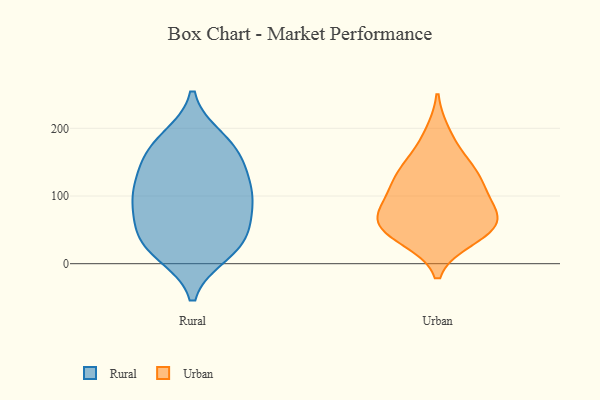
{"axis": {"x": "Customer Acquisition Cost (USD)", "y": "Value"}, "legend": ["Rural", "Urban"], "data": [{"x": "", "y": 174, "type": "Rural"}, {"x": "", "y": 129, "type": "Rural"}, {"x": "", "y": 38, "type": "Rural"}, {"x": "", "y": 82, "type": "Rural"}, {"x": "", "y": 22, "type": "Rural"}, {"x": "", "y": 155, "type": "Rural"}, {"x": "", "y": 106, "type": "Rural"}, {"x": "", "y": 16, "type": "Rural"}, {"x": "", "y": 80, "type": "Rural"}, {"x": "", "y": 100, "type": "Rural"}, {"x": "", "y": 112, "type": "Rural"}, {"x": "", "y": 51, "type": "Rural"}, {"x": "", "y": 165, "type": "Rural"}, {"x": "", "y": 184, "type": "Rural"}, {"x": "", "y": 31, "type": "Rural"}, {"x": "", "y": 56, "type": "Urban"}, {"x": "", "y": 119, "type": "Urban"}, {"x": "", "y": 76, "type": "Urban"}, {"x": "", "y": 40, "type": "Urban"}, {"x": "", "y": 86, "type": "Urban"}, {"x": "", "y": 113, "type": "Urban"}, {"x": "", "y": 192, "type": "Urban"}, {"x": "", "y": 142, "type": "Urban"}, {"x": "", "y": 67, "type": "Urban"}, {"x": "", "y": 37, "type": "Urban"}, {"x": "", "y": 122, "type": "Urban"}, {"x": "", "y": 154, "type": "Urban"}, {"x": "", "y": 52, "type": "Urban"}, {"x": "", "y": 67, "type": "Urban"}]}